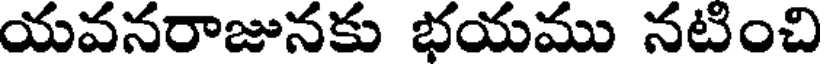
యవనరాజునకు భయము నటించి